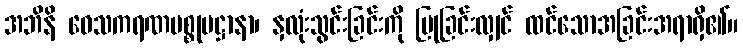
အဘိနိ ဝေသကရဏပစ္စုပဋ္ဌာနာ၊ နှလုံးသွင်းခြင်းကို ပြုခြင်းလျှင် ထင်သောအခြင်းအရာရှိ၏။